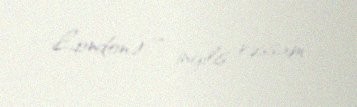
London) — ingilis rəssam.